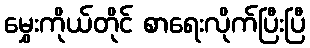
မွှေးကိုယ်တိုင် စာရေးလိုက်ပြီးပြီ